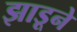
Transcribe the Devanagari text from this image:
झाडूने